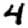
Digit: 4